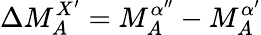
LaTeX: \Delta M_{A}^{X^{\prime}}=M_{A}^{\alpha^{\prime\prime}}-M_{A}^{\alpha^{\prime}}